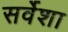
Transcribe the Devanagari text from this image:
सर्वेशा